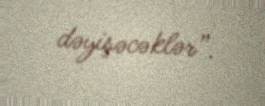
dəyişəcəklər”.